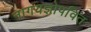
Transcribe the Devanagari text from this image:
नागयज्ञोपवित